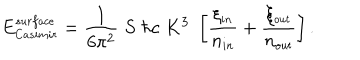
E _ { \small C a s i m i r } ^ { \small s u r f a c e } = { \frac { 1 } { 6 \pi ^ { 2 } } } \; S \; \hbar c \; K ^ { 3 } \; \left[ { \frac { \xi _ { \small i n } } { n _ { \small i n } } } + { \frac { \xi _ { \small o u t } } { n _ { \small o u t } } } \right] .